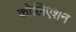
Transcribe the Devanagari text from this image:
कोलिएशन